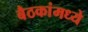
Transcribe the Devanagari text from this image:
बैठकांमध्ये